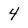
Character: 4